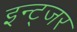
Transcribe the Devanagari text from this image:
इन्ट्जर